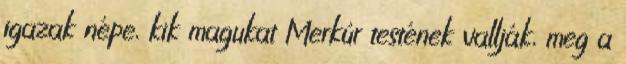
igazak népe, kik magukat Merkúr testének vallják, meg a